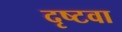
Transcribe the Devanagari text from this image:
दृष्टवा